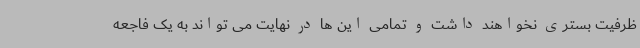
ظرفیت بستری نخواهند داشت و تمامی این ها در نهایت می تواند به یک فاجعه